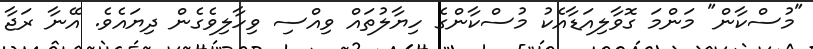
"މުސްކާން" މަންމަ ގޮވާލިއަޑާއެކު މުސްކާންގެ ހިޔާލުތައް ވިއްސި ވިހާލިވެގެން ދިޔައެވެ. އޭނާ ރަޖާ